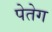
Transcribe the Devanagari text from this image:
पेतेग